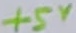
Text: +5V